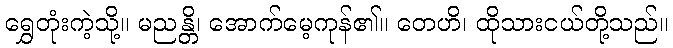
ရွှေတုံးကဲ့သို့။ မညန္တိ၊ အောက်မေ့ကုန်၏။ တေဟိ၊ ထိုသားငယ်တို့သည်။